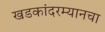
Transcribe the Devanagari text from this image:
खडकांदरम्यानचा